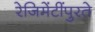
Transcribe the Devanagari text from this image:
रेजिमेंटींपुरते